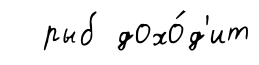
рыб дохо́д'ит